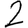
Digit: 2